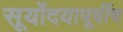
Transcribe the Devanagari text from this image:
सूर्योदयापूर्वीच